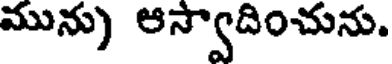
మును) ఆస్వాదించును.